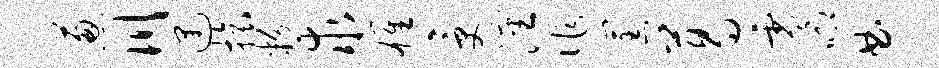
葱川遇旅粉求雄受沈作筐葛零唧曲